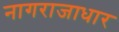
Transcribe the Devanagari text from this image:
नागराजाधार